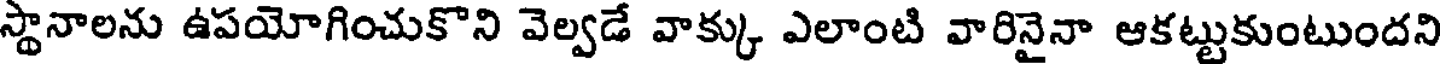
స్థానాలను ఉపయోగించుకొని వెల్వడే వాక్కు ఎలాంటి వారినైనా ఆకట్టుకుంటుందని